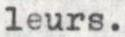
leurs.